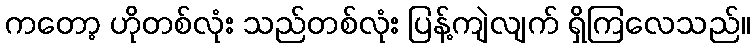
ကတော့ ဟိုတစ်လုံး သည်တစ်လုံး ပြန့်ကျဲလျက် ရှိကြလေသည်။